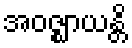
အဝဇ္ဈာယန္တိ